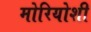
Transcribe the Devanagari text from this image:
मोरियोशी